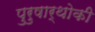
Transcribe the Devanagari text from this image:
पुरुषार्थोकी